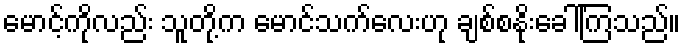
မောင့်ကိုလည်း သူတို့က မောင်သက်လေးဟု ချစ်စနိုးခေါ်ကြသည်။